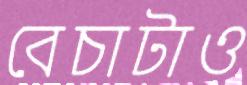
বেচাটাও